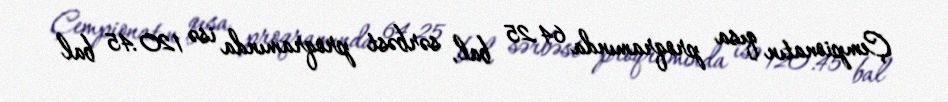
Çempionatın qısa proqramında 64.25 bal, sərbəst proqramında isə 120.45 bal